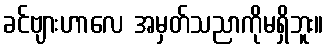
ခင်ဗျားဟာလေ အမှတ်သညာကိုမရှိဘူး။